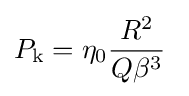
P_{\rm {k}}=\eta _{0}{\frac {R^{2}}{Q\beta ^{3}}}~